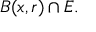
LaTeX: B ( x , r ) \cap E .